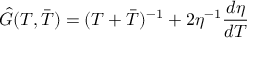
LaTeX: \hat { G } ( T , \bar { T } ) = ( T + \bar { T } ) ^ { - 1 } + 2 \eta ^ { - 1 } \frac { d \eta } { d T }